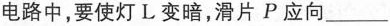
电路中，要使灯L变暗，滑片P应向___